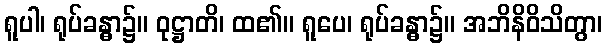
ရူပါ၊ ရုပ်ခန္ဓာ၌။ ဝုဋ္ဌာတိ၊ ထ၏။ ရူပေ၊ ရုပ်ခန္ဓာ၌။ အဘိနိဝိသိတွာ၊